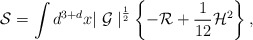
\begin{align*}{\cal S} = \int d^{3+d}x {\mid {\cal G} \mid}^{\frac {1}{2}} \left\{ - {\cal R} +\frac {1}{12} {\cal H}^2 \right\},\end{align*}